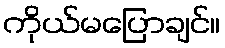
ကိုယ်မပြောချင်။